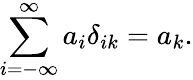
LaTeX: \sum_{i=-\infty}^{\infty}a_{i}\delta_{ik}=a_{k}.